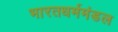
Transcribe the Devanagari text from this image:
भारतधर्ममंडल